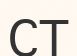
СТ